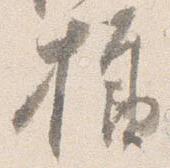
様